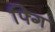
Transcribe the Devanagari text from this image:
फ्गि